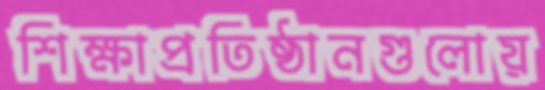
শিক্ষাপ্রতিষ্ঠানগুলোয়